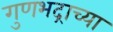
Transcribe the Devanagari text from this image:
गुणभद्राच्या